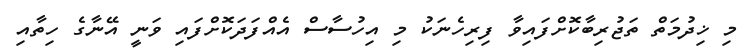
މި ޚިދުމަތް ތަޖުރިބާކޮށްފައިވާ ފިރިހެނަކު މި އިހުސާސް އެއްފަދަކޮށްފައި ވަނީ އޭނާގެ ހިތާއި